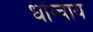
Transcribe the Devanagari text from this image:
धोंग्चाय